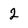
Character: 2